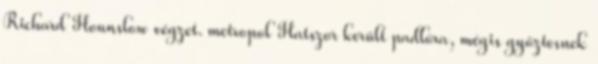
Richard Hounslow végzet. metropol Hatszor került padlóra, mégis győztesnek